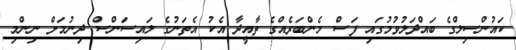
ކައުންސިލްގެ ބައްދަލުވުމުގައި ފަސް މެންބަރެއްގެ ތާއީދާ އެކު އެތަނުގެ ލައިސަންސް ދިނުމަށް ނިންމި